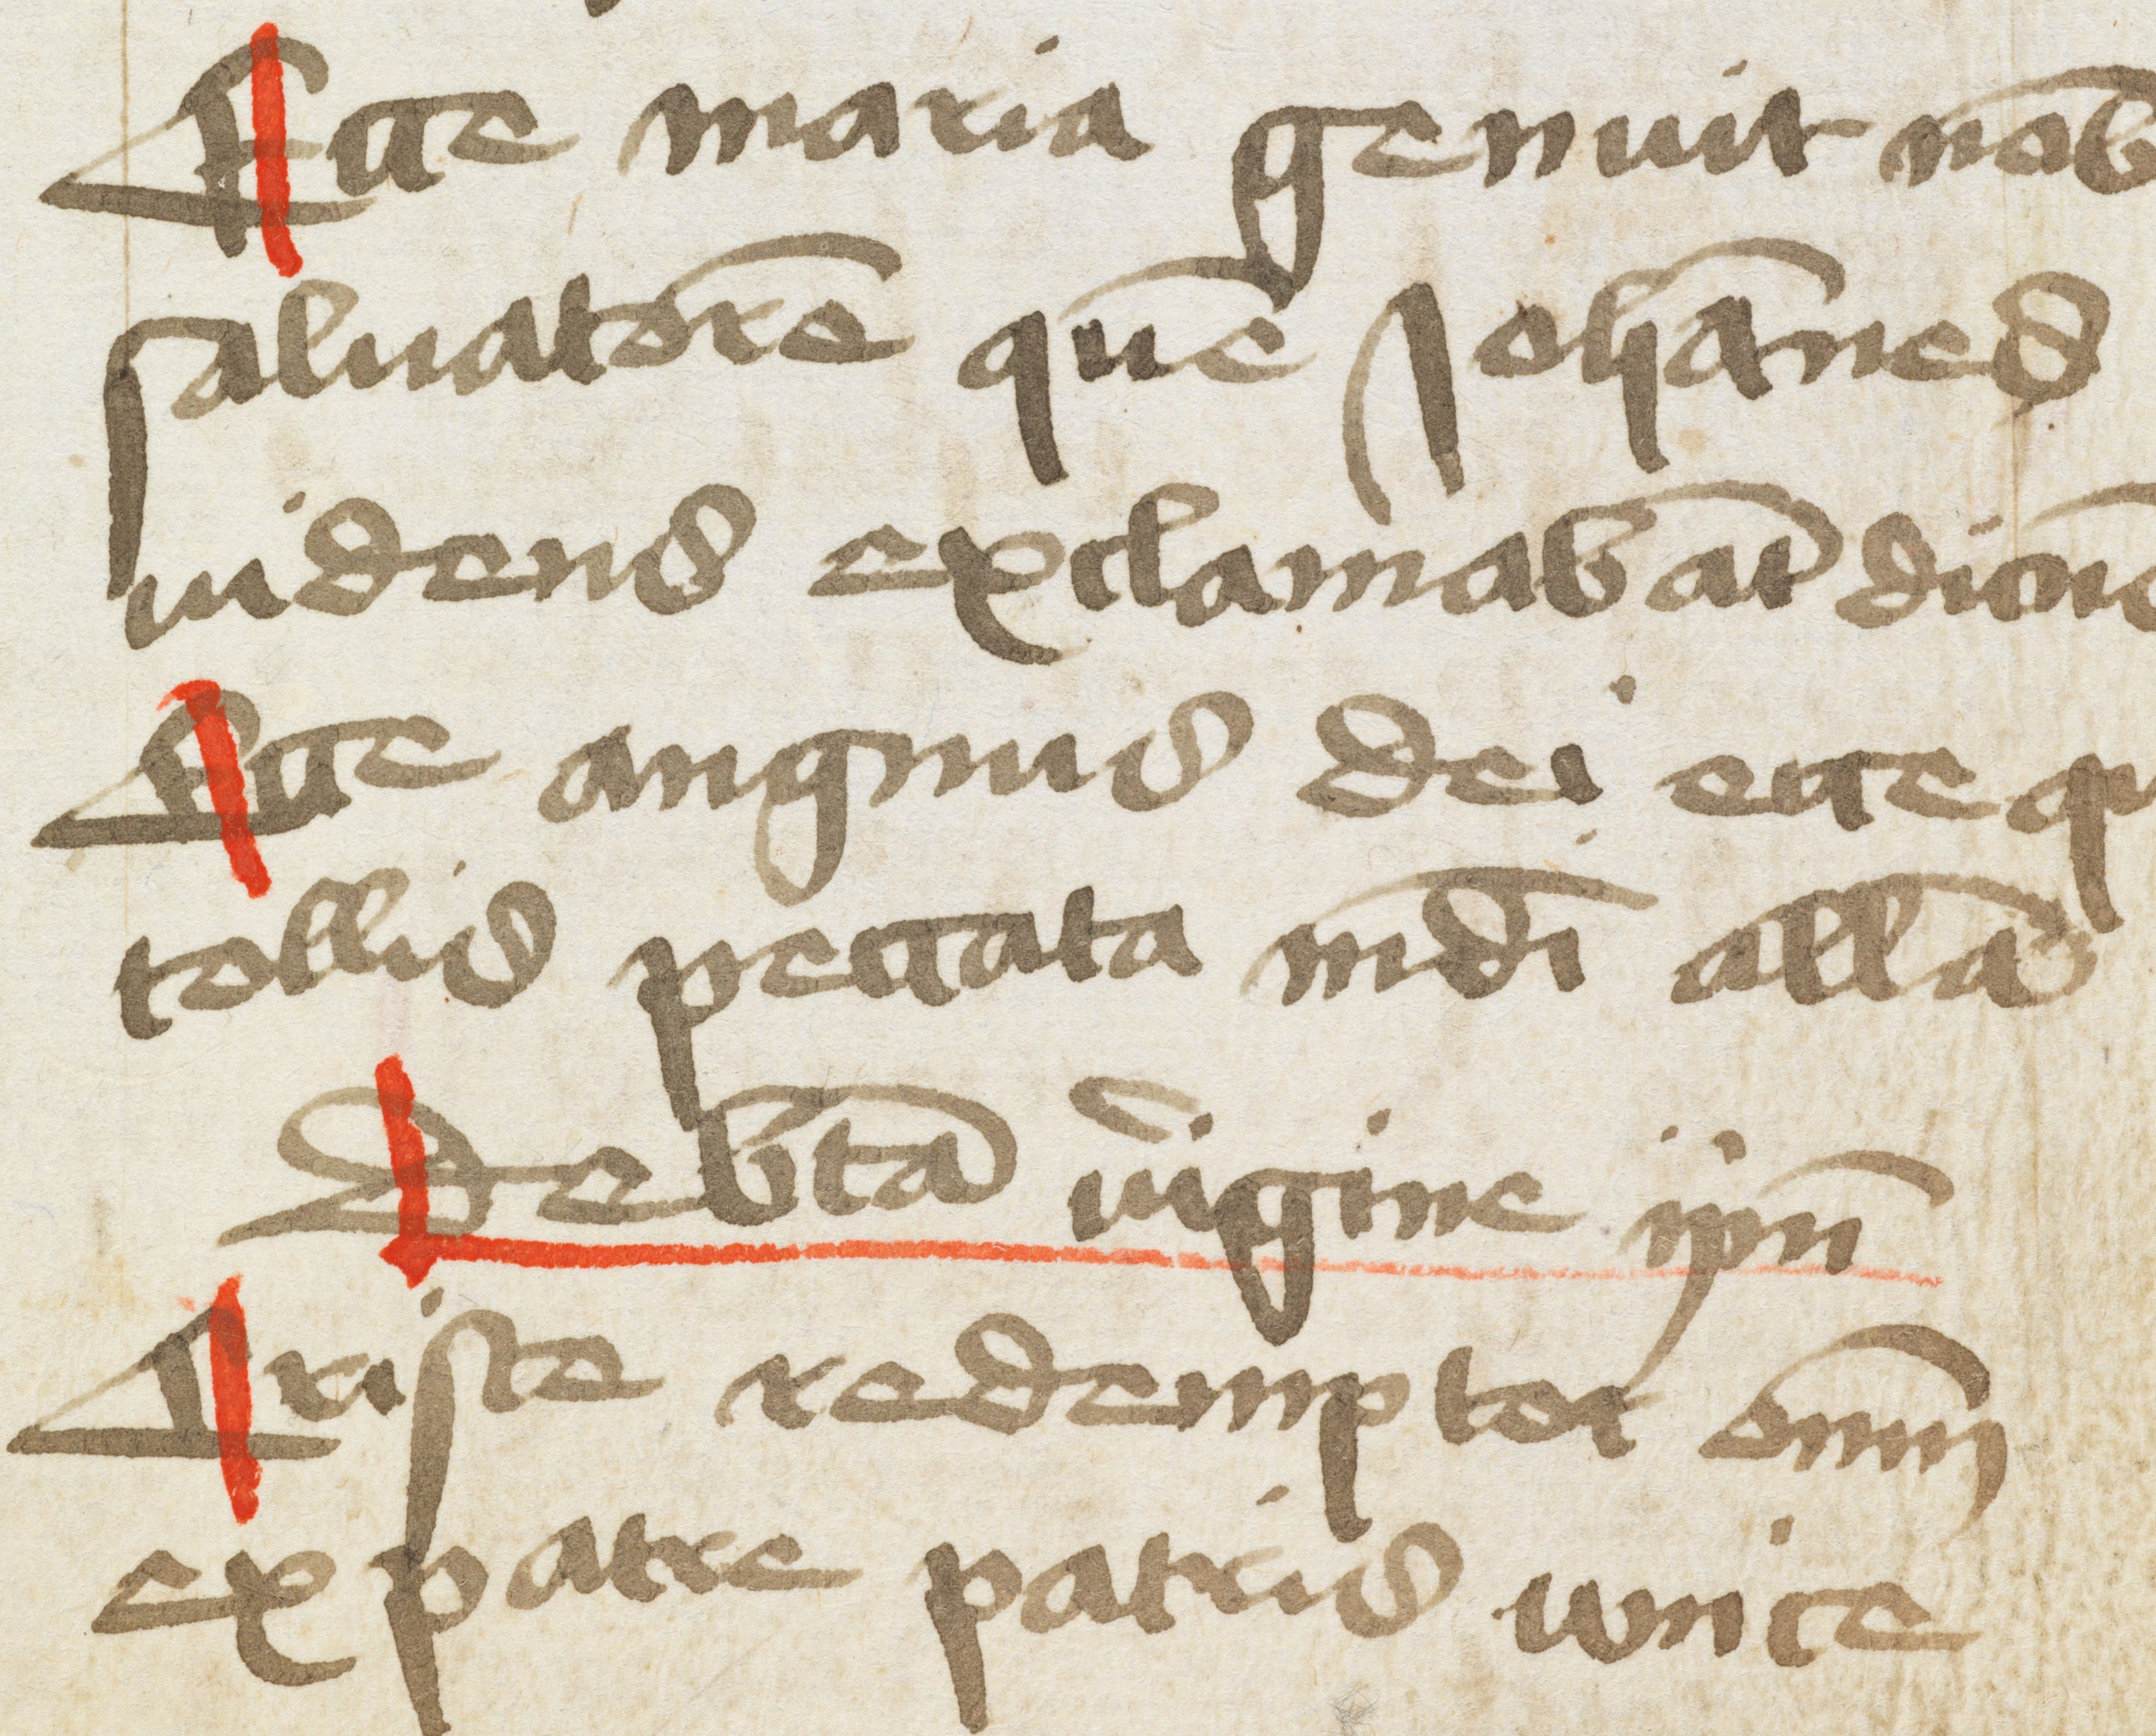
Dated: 1466–1466